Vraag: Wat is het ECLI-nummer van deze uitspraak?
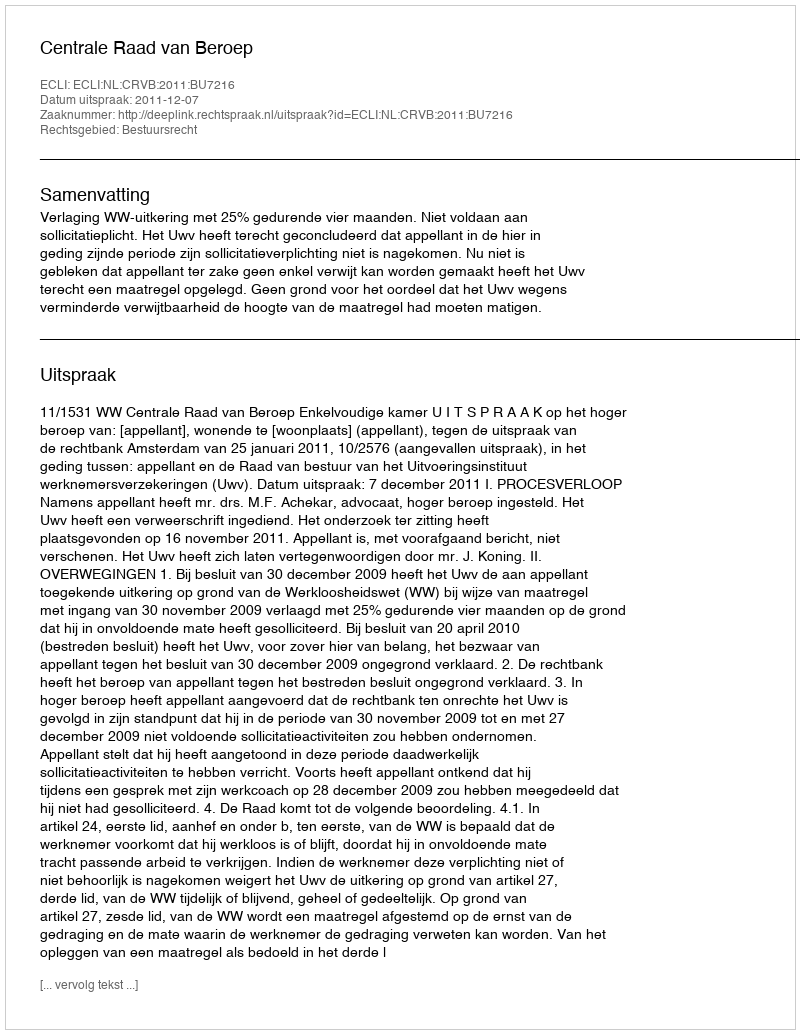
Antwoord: ECLI:NL:CRVB:2011:BU7216